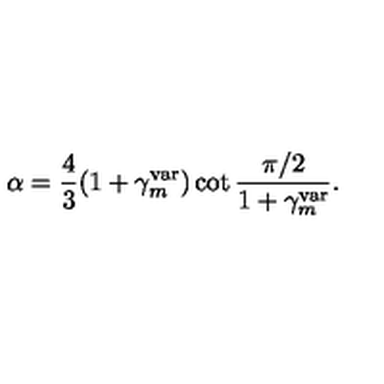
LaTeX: \alpha = { \frac { 4 } { 3 } } ( 1 + \gamma _ { m } ^ { \mathrm { v a r } } ) \cot { \frac { \pi / 2 } { 1 + \gamma _ { m } ^ { \mathrm { v a r } } } } .